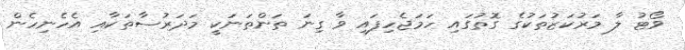
ވޯޓު ލާ މަރުކަޒުތަކުގެ ގޮތުގައި ހަމަޖެހިފައި ވާ ގިނަ ތަންތަނަކީ މަދަރުސާތަކާއި އެހެނިހެން